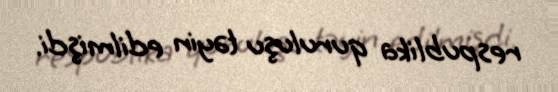
respublika quruluşu təyin edilmişdi.